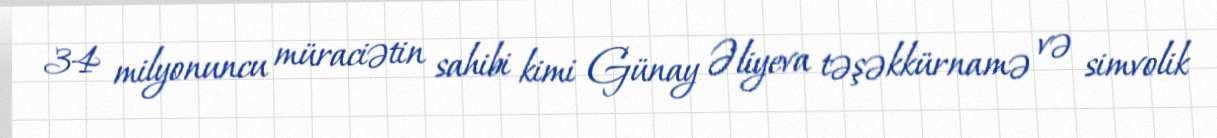
34 milyonuncu müraciətin sahibi kimi Günay Əliyeva təşəkkürnamə və simvolik